Vaccination in Burma 1920-1933 - 1920-1933
Year: 1920
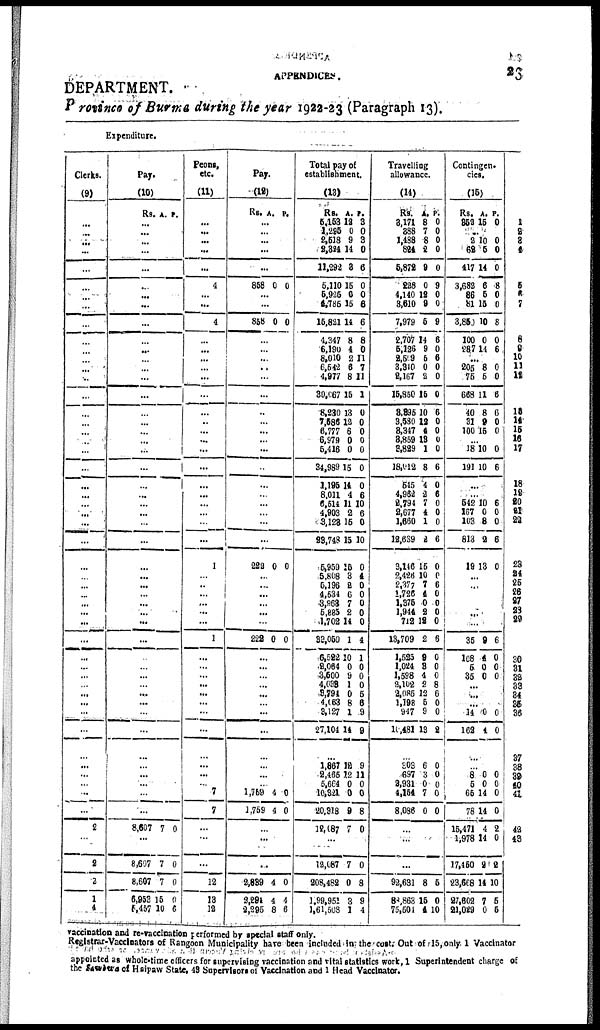
APPENDICES.
23
DEPARTMENT.
Province of Burma during the year 1922-23 (Paragraph 13).
Expenditure.
Clerks.
(9)
...
...
...
...
...
...
...
...
...
...
...
...
...
...
...
...
...
...
...
...
...
...
...
...
...
...
...
...
...
...
...
...
...
...
...
...
...
...
...
... ...
...
...
...
...
...
...
...
...
2
...
2
2
1
4
Pay.
(10)
Rs. A. P.
...
...
...
...
...
...
...
...
...
...
...
...
...
...
...
...
...
...
...
...
...
...
...
...
...
...
...
...
...
...
...
...
...
...
...
...
...
...
...
...
...
...
...
...
...
...
...
...
...
8,607 7 0
...
8,607
8,607
6,953
5,457
7
7
15
10
0
0
0
6
Peons,
etc.
(11)
...
...
...
...
...
4
...
...
4
...
...
...
...
...
...
...
...
...
...
...
...
...
...
...
...
...
...
1
...
...
...
...
...
...
1
...
...
...
...
...
... ...
...
...
...
...
... 7
7
...
...
...
12
13
12
Pay.
(12)
Rs. A. P.
...
...
...
...
...
858 0 0
...
...
858 0 0
...
...
... ...
...
...
...
...
...
... ...
...
...
...
...
...
...
...
222 0 0
...
...
...
...
...
...
222 0 0
...
...
...
...
...
...
...
...
...
...
...
...
1,759
1,759
4
4
0
0
...
...
...
2,839
2,294
2,295
4
4
8
0
4
6
Total pay of
establishment.
(13)
Rs.
5,153
1,295
2,518
2,324
11,292
5,110
5,925
4,785
15,821
4,347
6,190
8,010
6,542
4,977
30,067
8,230
7,586
6,777
6,979
5,416
34,989
1,195
8,011
6,514
4,903
3,123
23,748
5,959
5,808 5,196
4,534
3,963
5,885
1,702
32,050
6,522
2,064
3,500
4,038
3,794
4,063
3,127
27,104
A.
12
0
9
14
3
15
0
15
14
8
4
2
6
8
15
13
12
6
0 0
15
14
4
11
2
15
15
15
3 2
6 7
2
14
1
10
0
9
1
0
8
1
14
P.
3
0
3
0
6
0
0
6
6
8
0
11
7
11
1
0
0
0
0
0
0
0
6
10
6
0
10
0
4 0
0 0
0
0
4
1
0
0
0
6
6
9
9
...
1,867
2,465
5,664
10,321
20,318
12,087
12
12
0
0
9
7
9
11
0
0
8
0
...
12,087
208,482
1,99,951
1,61,508
7
0
3
1
0
8
9
4
Travelling
allowance.
(14)
Rs.
3,171
388
1,488
824
5,872
228
4,140
3,610
7,979
2,707
5,126
2,509
3,940
2,167
15,850
3,895
3,580
3,347
3,859
3,829
18,012
545
4,962
2,794
2,677
1,660
12,639
3,146
2,426 2,377
1,726
1,375
1,944
712
13,709
1,525
1,024
1,598
2,102
2,085
1,198
947
10,481
A.
8
7
8
2
9
0
12
9
5
14
9
5
0
2
15
10
12
4
13
1
8
4
2
7
4
1
2
15
10
7
4
0
2
12
2
9
3
4
2
12
5
9
13
P.
0
0
0
0
0
9
0
0
9
6
0
6
0
0
0
6
0
0
0
0
6
0
6
0
0
0
6
0
0
6
0
0
0
0
6
0
0
0
8
6
0
0
2
...
303
697
2,931
4,154
8,086
6
3
0
7
0
0
0
0
0
0
...
...
...
92,631
88,863
75,504
8
15
4
5
0
10
Contingen¬
cies.
(15)
Rs.
352
A.
15
P.
0
...
2
62
417
3,682
86
81
3,850
100
287
10
5
14
6
5
15
10
0
14
0
0
0
8
0
0
8
0
6
...
205
75
668
40
31
100
8
5
11
8
9
15
0 0
6
6
0
0
...
18
191
10
10
0
6
...
...
542
167
103
813
19
10
0
8
2
13
6
0
0
6
0
...
... ...
...
...
....
35
108
5
35
9
4
0
0
6
0
0
0
...
...
...
14
162
0
4
0
0
...
...
8
5
65
78
15,471
1,978
17,450
23,668
27,602
21,029
0
0
14
14
4
14
2
14
7
0
0
0
0
0
2
0
2
10
5
5
1
2
3
4
5
6
7
8
9
10
11
12
13
14
15
16
17
18
19
20
21
22
23
24
25
26
27
28
29
30
31
32
33
34
35
36
37
38
39
40
41
42
43
vaccination and re-vaccination performed by special staff only.
Registrar-Vaccinators of Rangoon Municipality have been included in the cost. Out of 15, only 1 Vaccinator
appointed as whole-time officers for supervising vaccination and vital statistics work, 1 Superintendent charge of
the Sawbwa of Hsipaw State, 43 Supervisors of Vaccination and 1 Head Vaccinator.